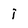
Character: i